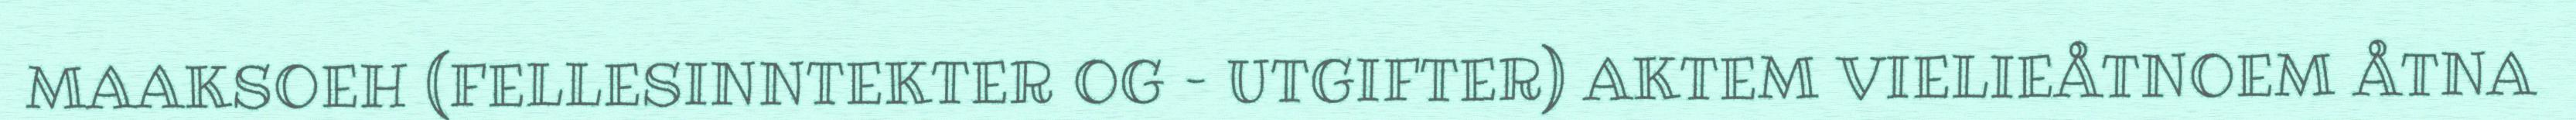
MAAKSOEH (FELLESINNTEKTER OG – UTGIFTER) AKTEM VIELIEÅTNOEM ÅTNA